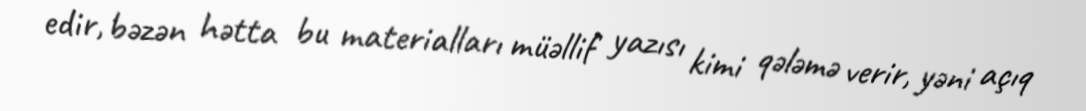
edir, bəzən hətta bu materialları müəllif yazısı kimi qələmə verir, yəni açıq